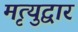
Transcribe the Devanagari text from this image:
मृत्युद्वार